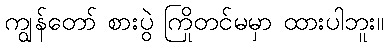
ကျွန်တော် စားပွဲ ကြိုတင်မမှာ ထားပါဘူး။